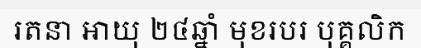
រតនា អាយុ ២៤ឆ្នាំ មុខរបរ បុគ្គលិក